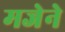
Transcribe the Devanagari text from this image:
मजेने